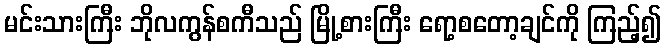
မင်းသားကြီး ဘိုလကွန်စကီသည် မြို့စားကြီး ရော့စတော့ချင်ကို ကြည့်၍